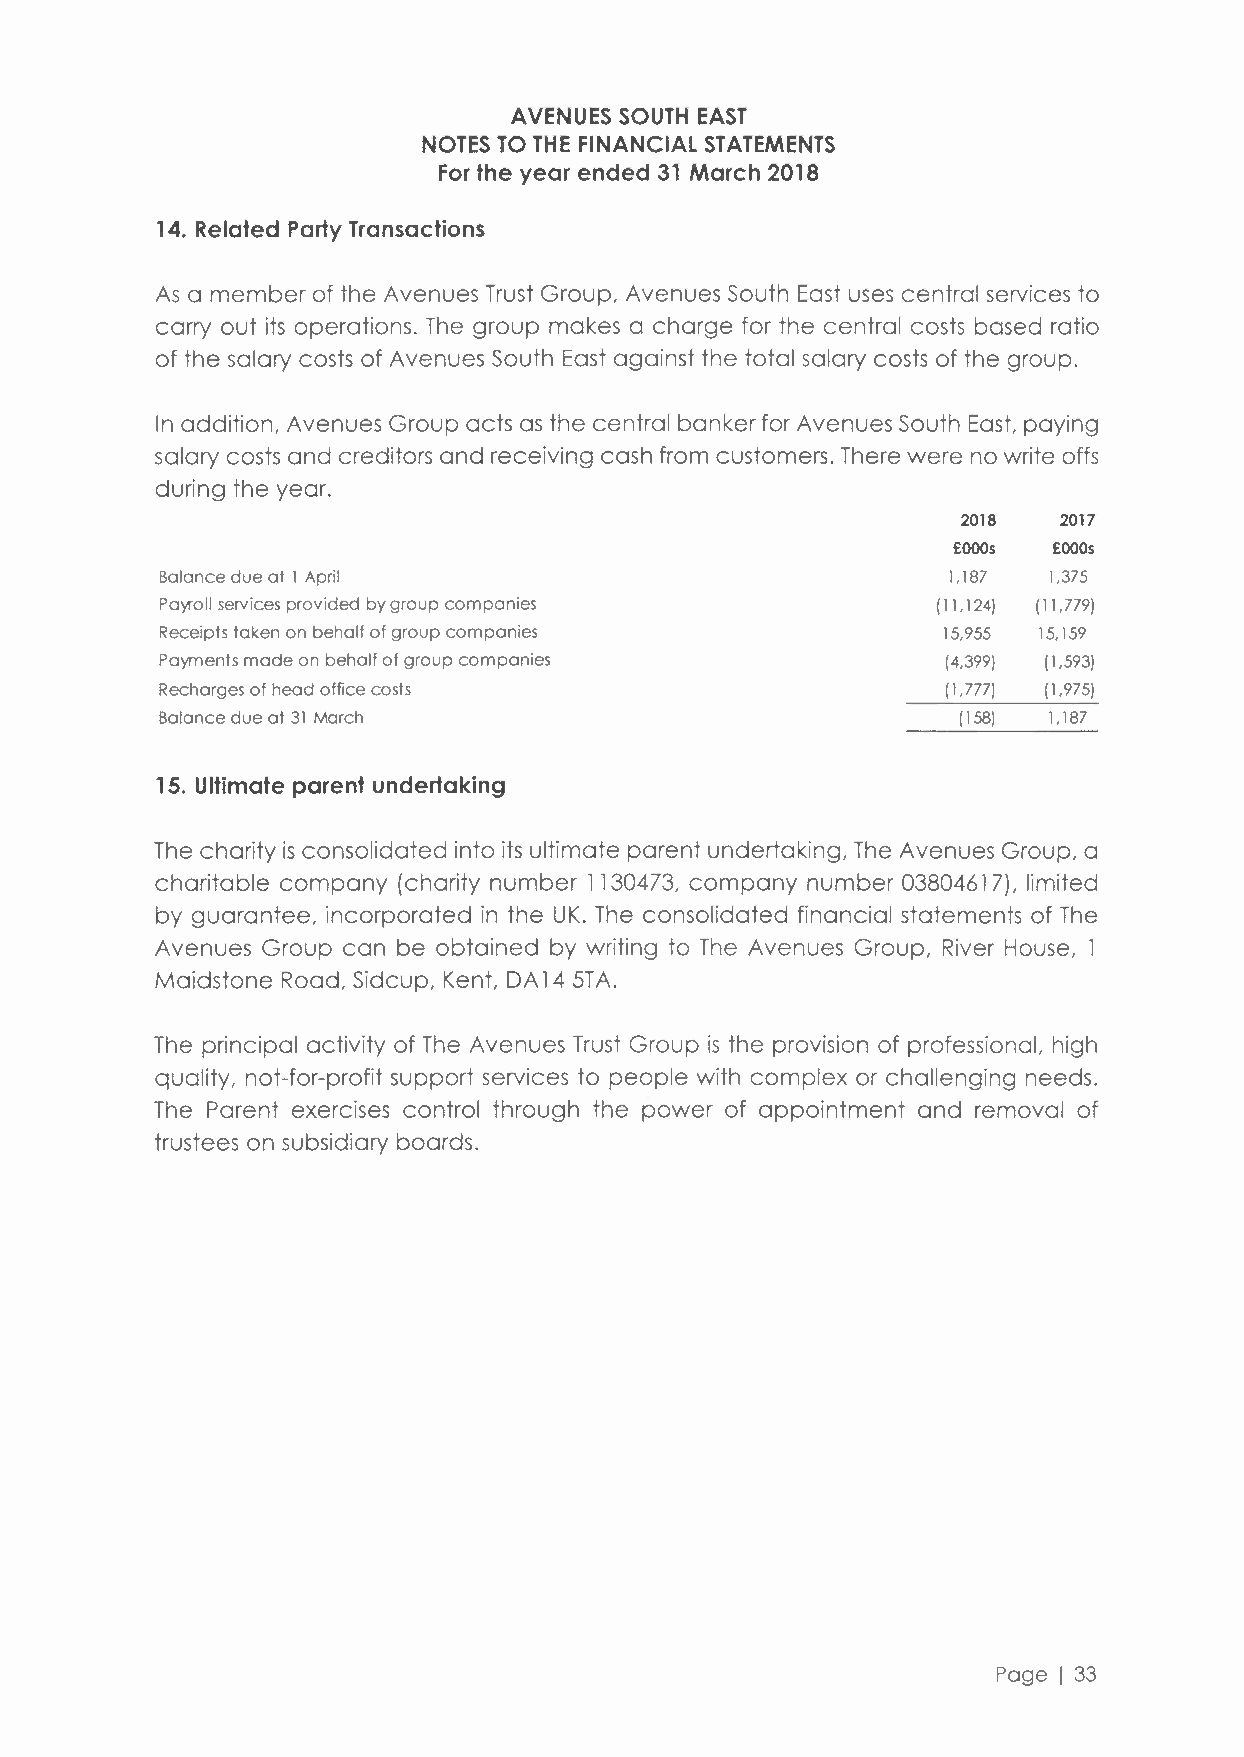
AVENUES SOUTH EAST
 NOTES TO THE FINANCIAL STATEMENTS
 For the year ended 31 March 2018
 14. Related Party Transactions
 As a member of the Avenues Trust Group, Avenues South East uses central services to
 carry out its operations. The group makes a charge for the central costs based ratio
 of the salary costs of Avenues South East against the total salary costs of the group.
 In addition, Avenues Group acts as the central banker for Avenues South East, paying
 salary costs and creditors and receiving cash from customers. There were no write offs
 during the year.
 2018  2017
 £Ooos  £OOOs
 Balance due at l April                              1,187 1,375
 Payroll services provided by group companies       ( 11,124) (11,779)
 Receipts taken on behalf of group companies        15,955 15,159
 Payments made on behalf of group companies          (4,399) (1.593)
 Recharges of head office costs                      (1,777) (1,975)
 Balance due at 31 March                              (158) 1,187
 15. Ultimate parent undertaking
 The charity is consolidated into its ultimate parent undertaking, The Avenues Group, a
 charitable company (charity number 1130473, company number 03804617), limited
 by guarantee, incorporated in the UK. The consolidated financial statements of The
 Avenues Group can be obtained by writing to The Avenues Group, River House, l
 Maidstone Road, Sidcup, Kent, DA 14 5T A.
 The principal activity of The Avenues Trust Group is the provision of professional, high
 quality, not-for-profit support services to people with complex or challenging needs.
 The Parent exercises control through the power of appointment and removal of
 trustees on subsidiary boards.
 Page I 33